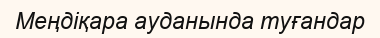
Меңдіқара ауданында туғандар